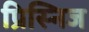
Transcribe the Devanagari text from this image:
प्रिस्निज